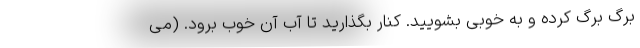
برگ برگ کرده و به خوبی بشویید. کنار بگذارید تا آب آن خوب برود. (می